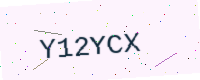
Text: Y12YCX